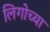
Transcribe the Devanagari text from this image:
लिगोच्या